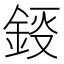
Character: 鋄